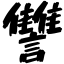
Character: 讐